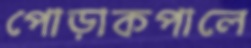
পোড়াকপালে